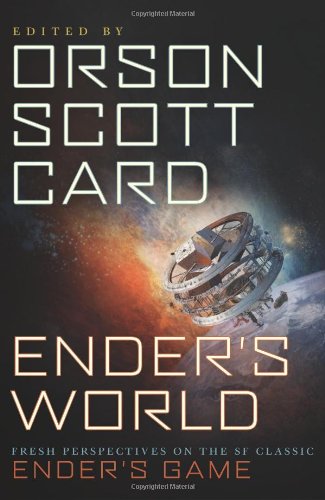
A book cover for Ender's World: Fresh Perspectives on the SF Classic Ender's Game; Children's Books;